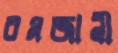
রমজানী